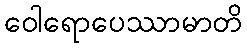
ဝေါရောပေဿာမာတိ